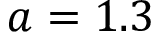
a = 1 . 3